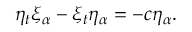
\eta _ { t } \xi _ { \alpha } - \xi _ { t } \eta _ { \alpha } = - c \eta _ { \alpha } .